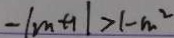
- \vert m + 1 \vert > 1 - m ^ { 2 }